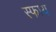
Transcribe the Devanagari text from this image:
स्फाय